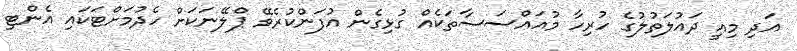
އަދި މިއީ ދައުލަތުލުގެ ހުރިހާ މުއައްސަސާތަކެއް ގުޅިގެން އުފަންކުރެވޭ ޕްލޭނަކަށް ހެދުމަށްޓަކައި އެންޓި